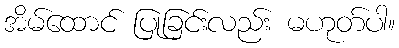
အိမ်ထောင် ပြုခြင်းလည်း မဟုတ်ပါ။